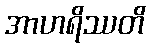
အာဟရိဿတိ